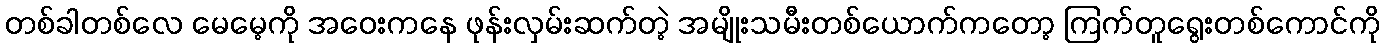
တစ်ခါတစ်လေ မေမေ့ကို အဝေးကနေ ဖုန်းလှမ်းဆက်တဲ့ အမျိုးသမီးတစ်ယောက်ကတော့ ကြက်တူရွေးတစ်ကောင်ကို